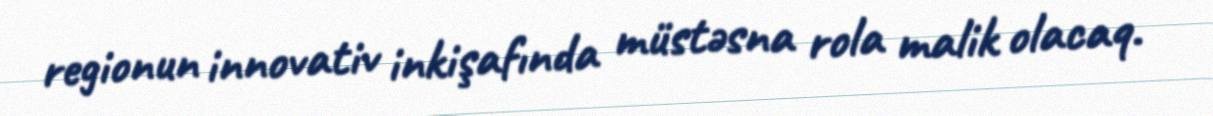
regionun innovativ inkişafında müstəsna rola malik olacaq.